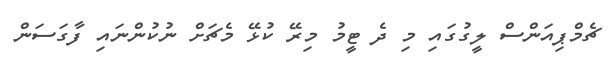
ޗެމްޕިއަންސް ލީގުގައި މި ދެ ޓީމު މިރޭ ކުޅޭ މެޗަށް ނުކުންނައި ފާގަސަން